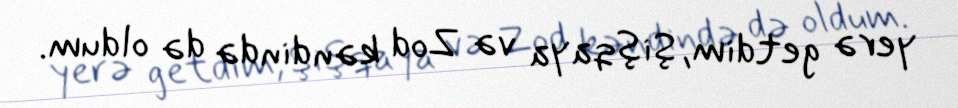
yerə getdim, Şişqaya və Zod kəndində də oldum.